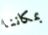
بمكاننا